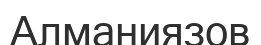
Алманиязов